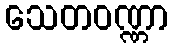
သေတဝဏ္ဏာ